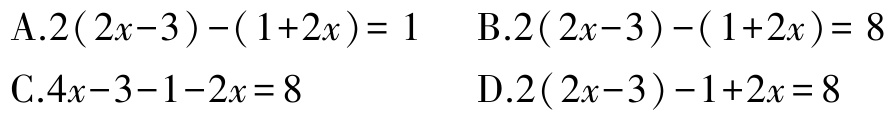
A.$2(2x - 3)-(1 + 2x)=1$  B.$2(2x - 3)-(1 + 2x)=8$

C.$4x - 3 - 1 - 2x=8$  D.$2(2x - 3)-1 + 2x=8$